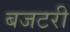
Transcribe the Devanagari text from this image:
बजटरी